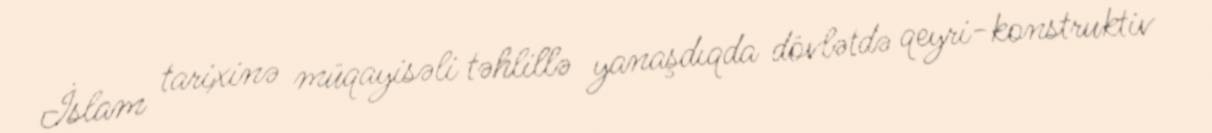
İslam tarixinə müqayisəli təhlillə yanaşdıqda dövlətdə qeyri-konstruktiv